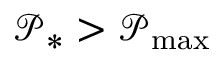
\mathcal { P } _ { * } > \mathcal { P } _ { \operatorname* { m a x } }